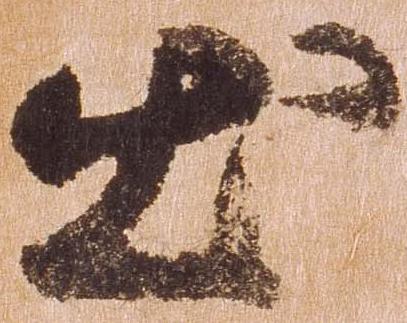
出